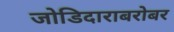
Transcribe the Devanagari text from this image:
जोडिदाराबरोबर